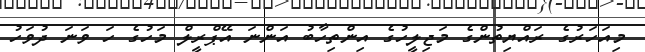
މިއަހަރުގެ ރައްޔިތުންގެ މަޖިލީހުގެ އިންތިހާބު އަންނަ އޭޕްރީލް މަހުގެ ހަ ވަނަ ދުވަހު